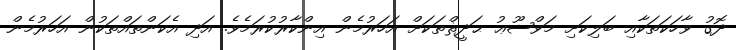
ދޮގު ވާހަކަތަކާއި ބަލިކަށި މަވްޟޫޢު ޙަދީޘްތަކަށް އަހަރުމެން އިންކާރުކުރަމެވެ. އަދި އެކަންތައްތަކުން އަހަރުމެން